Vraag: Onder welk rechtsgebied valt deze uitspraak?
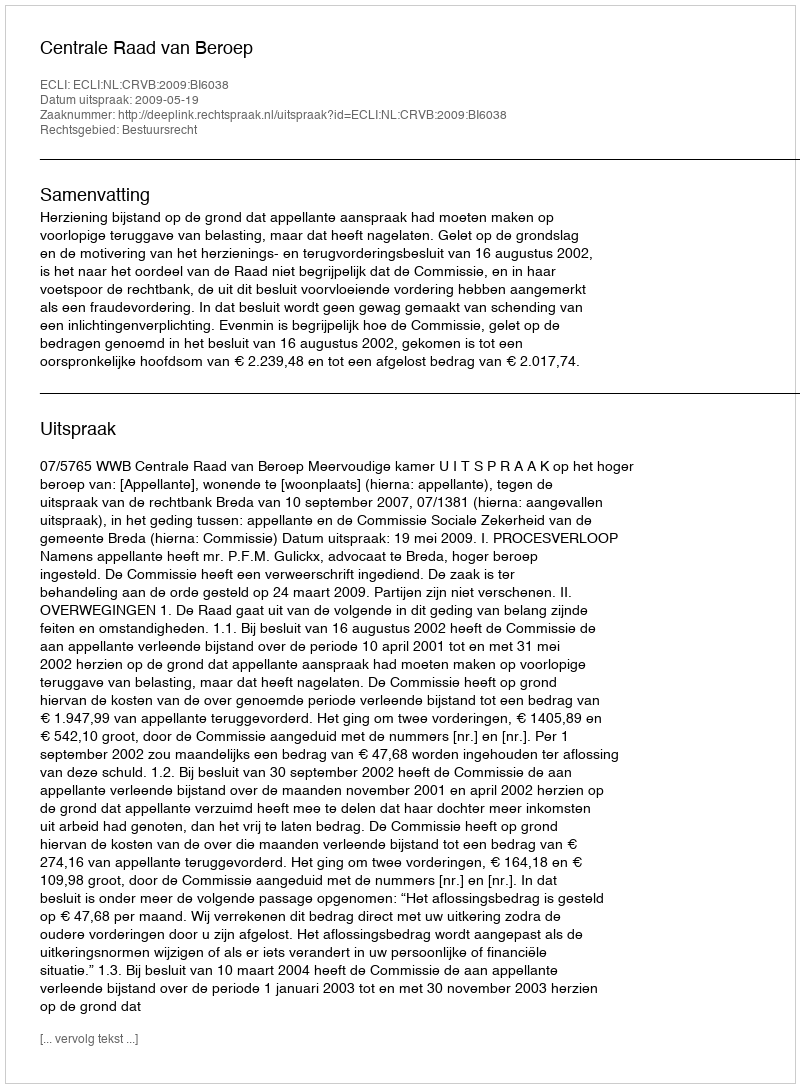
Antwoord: Bestuursrecht